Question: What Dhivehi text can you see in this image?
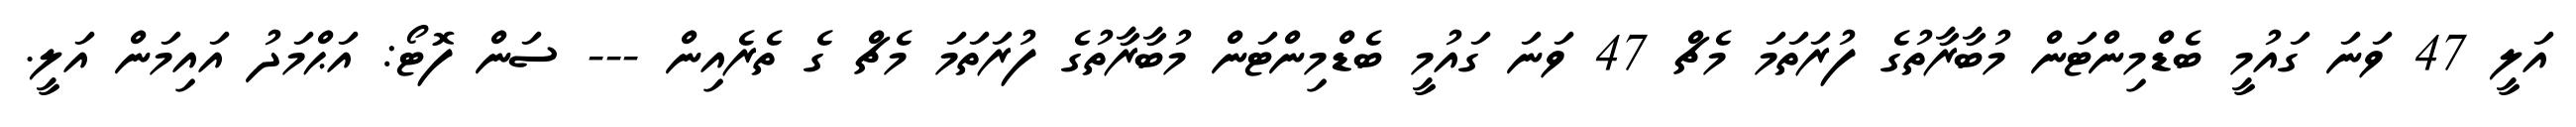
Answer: އަލީ 47 ވަނަ ގައުމީ ބެޑްމިންޓަން މުބާރާތުގެ ފުރަތަމަ މެޗް 47 ވަނަ ގައުމީ ބެޑްމިންޓަން މުބާރާތުގެ ފުރަތަމަ މެޗް ގެ ތެރެއިން --- ސަން ފޮޓޯ: އަޙްމަދު އައިމަން އަލީ.